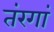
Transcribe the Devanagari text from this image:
तंरगां